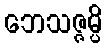
ဘေသဇ္ဇမ္ပိ